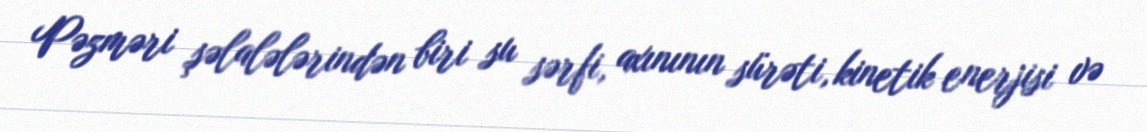
Pəzməri şəlalələrindən biri su sərfi, axınının sürəti, kinetik enerjisi və